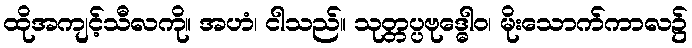
ထိုအကျင့်သီလကို။ အဟံ၊ ငါသည်။ သုတ္တပ္ပဗုဒ္ဓေါဝ၊ မိုးသောက်ကာလ၌